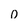
Character: 0